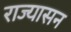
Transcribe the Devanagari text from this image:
राज्यासन